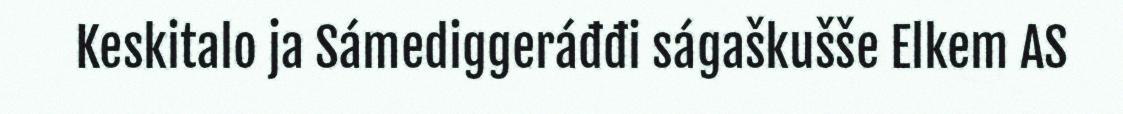
Keskitalo ja Sámediggeráđđi ságaškušše Elkem AS